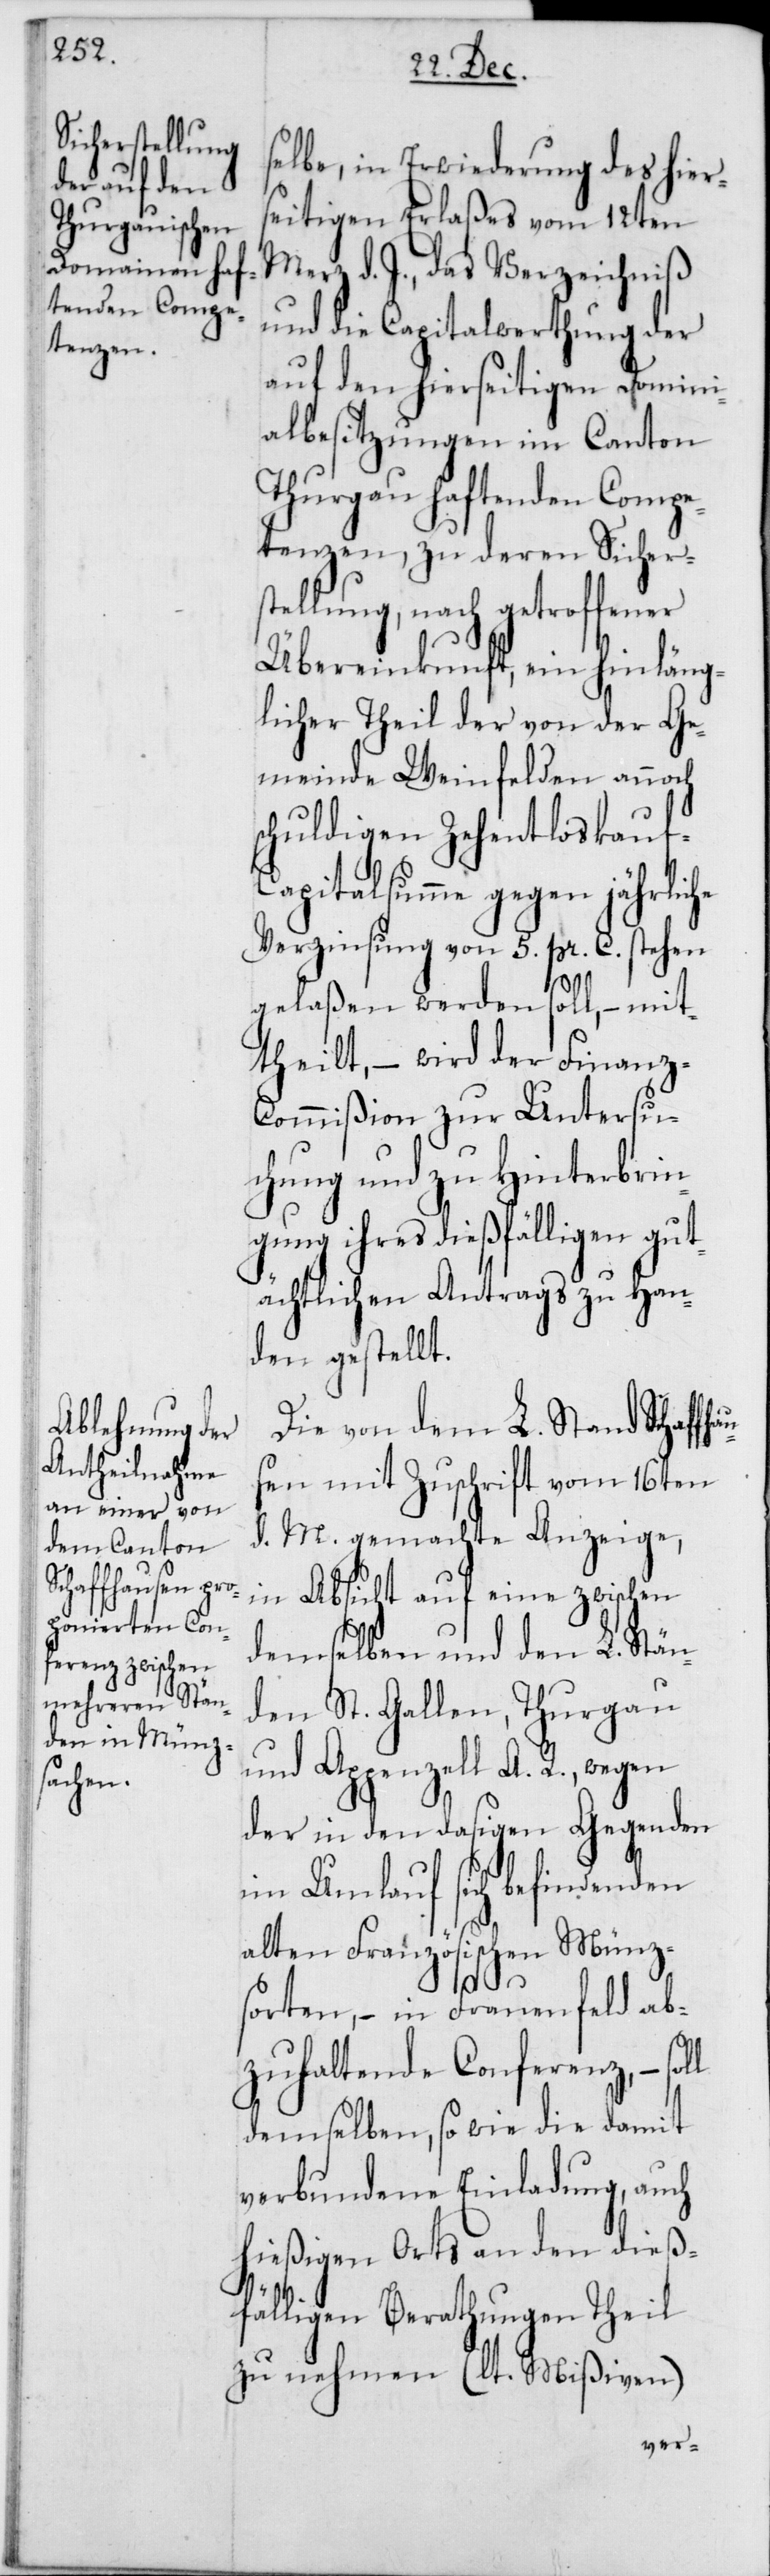
selbe, in Erwiederung des hiers¬
eitigen Erlaßes vom 12ten
Merz d. J., das Verzeichniß
und die Capitalwerthung der
auf den hierseitigen Domini¬
albesitzungen im Canton
Thurgau haftenden Compe¬
tenzen, zu deren Sichers¬
tellung, nach getroffener
Übereinkunft, ein hinläng¬
licher Theil der von der Ge¬
meinde Weinfelden annoch
schuldigen Zehentloskauf-C¬
apitalsumme gegen jährliche
Verzinsung von 5. pr. C. stehen
gelaßen werden soll, – mit¬
theilt, – wird der Finanz-C¬
ommißion zur Untersu¬
chung und zu Hinterbrin¬
gung ihres dießfälligen gut¬
ächtlichen Antrags zu Han¬
den gestellt.
Die von dem L. Stand Schaffh¬
ausen mit Zuschrift vom 16ten
d. M. gemachte Anzeige,
in Absicht auf eine zwischen
demselben und den L. Stän¬
den St. Gallen, Thurgau
und Appenzell A. R., wegen
der in den dasigen Gegenden
im Umlauf sich befindenden
alten Französischen Münz¬
sorten, – in Frauenfeld ab¬
zuhaltende Conferenz, –
demselben, so wie die damit
verbundene Einladung, auch
hießigen Orts an den dieß¬
fälligen Berathungen Theil
zu nehmen (lt. Mißiven)